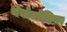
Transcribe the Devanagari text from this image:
थेयोलॉजिका